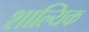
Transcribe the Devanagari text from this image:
शाल्यिक